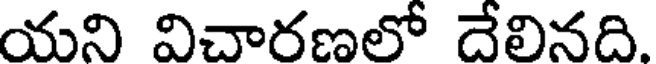
యని విచారణలో దేలినది.